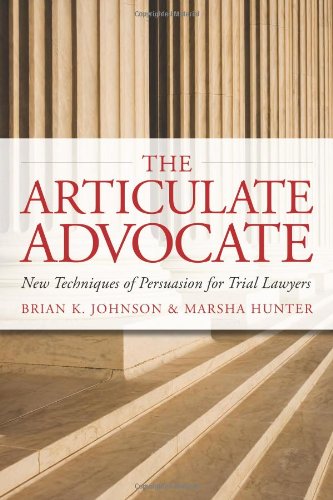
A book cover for The Articulate Advocate: New Techniques of Persuasion for Trial Lawyers (The Articulate Life); Brian K. Johnson; Law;